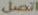
اتصل